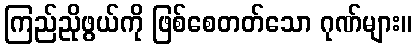
ကြည်ညိုဖွယ်ကို ဖြစ်စေတတ်သော ဂုဏ်များ။